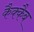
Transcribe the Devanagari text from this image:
कैक्कैब